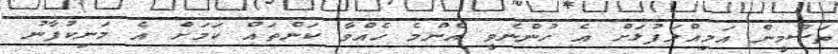
ތަސްމީން އަމިއްލަފުޅަށް އެ ހުންނެވީ އެންމެ ހެއްވާ ކަންތައް ކަމަށް އެ މަނިކުފާނު